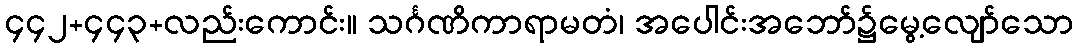
၄၄၂+၄၄၃+လည်းကောင်း။ သင်္ဂဏိကာရာမတံ၊ အပေါင်းအဘော်၌မွေ့လျော်သော